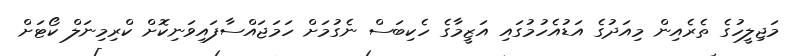
މަޖިލީހުގެ ތެރެއިން މިއަދުގެ އަޑުއެހުމުގައި އަޒީމާގެ ހެކިބަސް ނެގުމަށް ހަމަޖައްސާފައިވަނިކޮށް ކްރިމިނަލް ކޯޓަށް